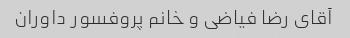
آقای رضا فیاضی و خانم پروفسور داوران